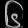
Digit: ၆